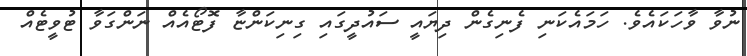
ނުވާ ވާހަކައެވެ. ހަމައެކަނި ފެނިގެން ދިޔައީ ސައުދީގައި ގިނިކަންޏާ ފޮޓޯއެއް ނަންގަވާ ޓުވީޓެއް